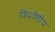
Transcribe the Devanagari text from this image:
विधवेशीच